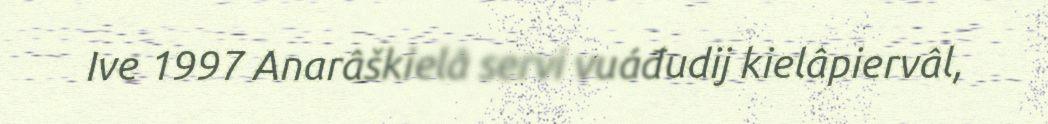
Ive 1997 Anarâškielâ servi vuáđudij kielâpiervâl,